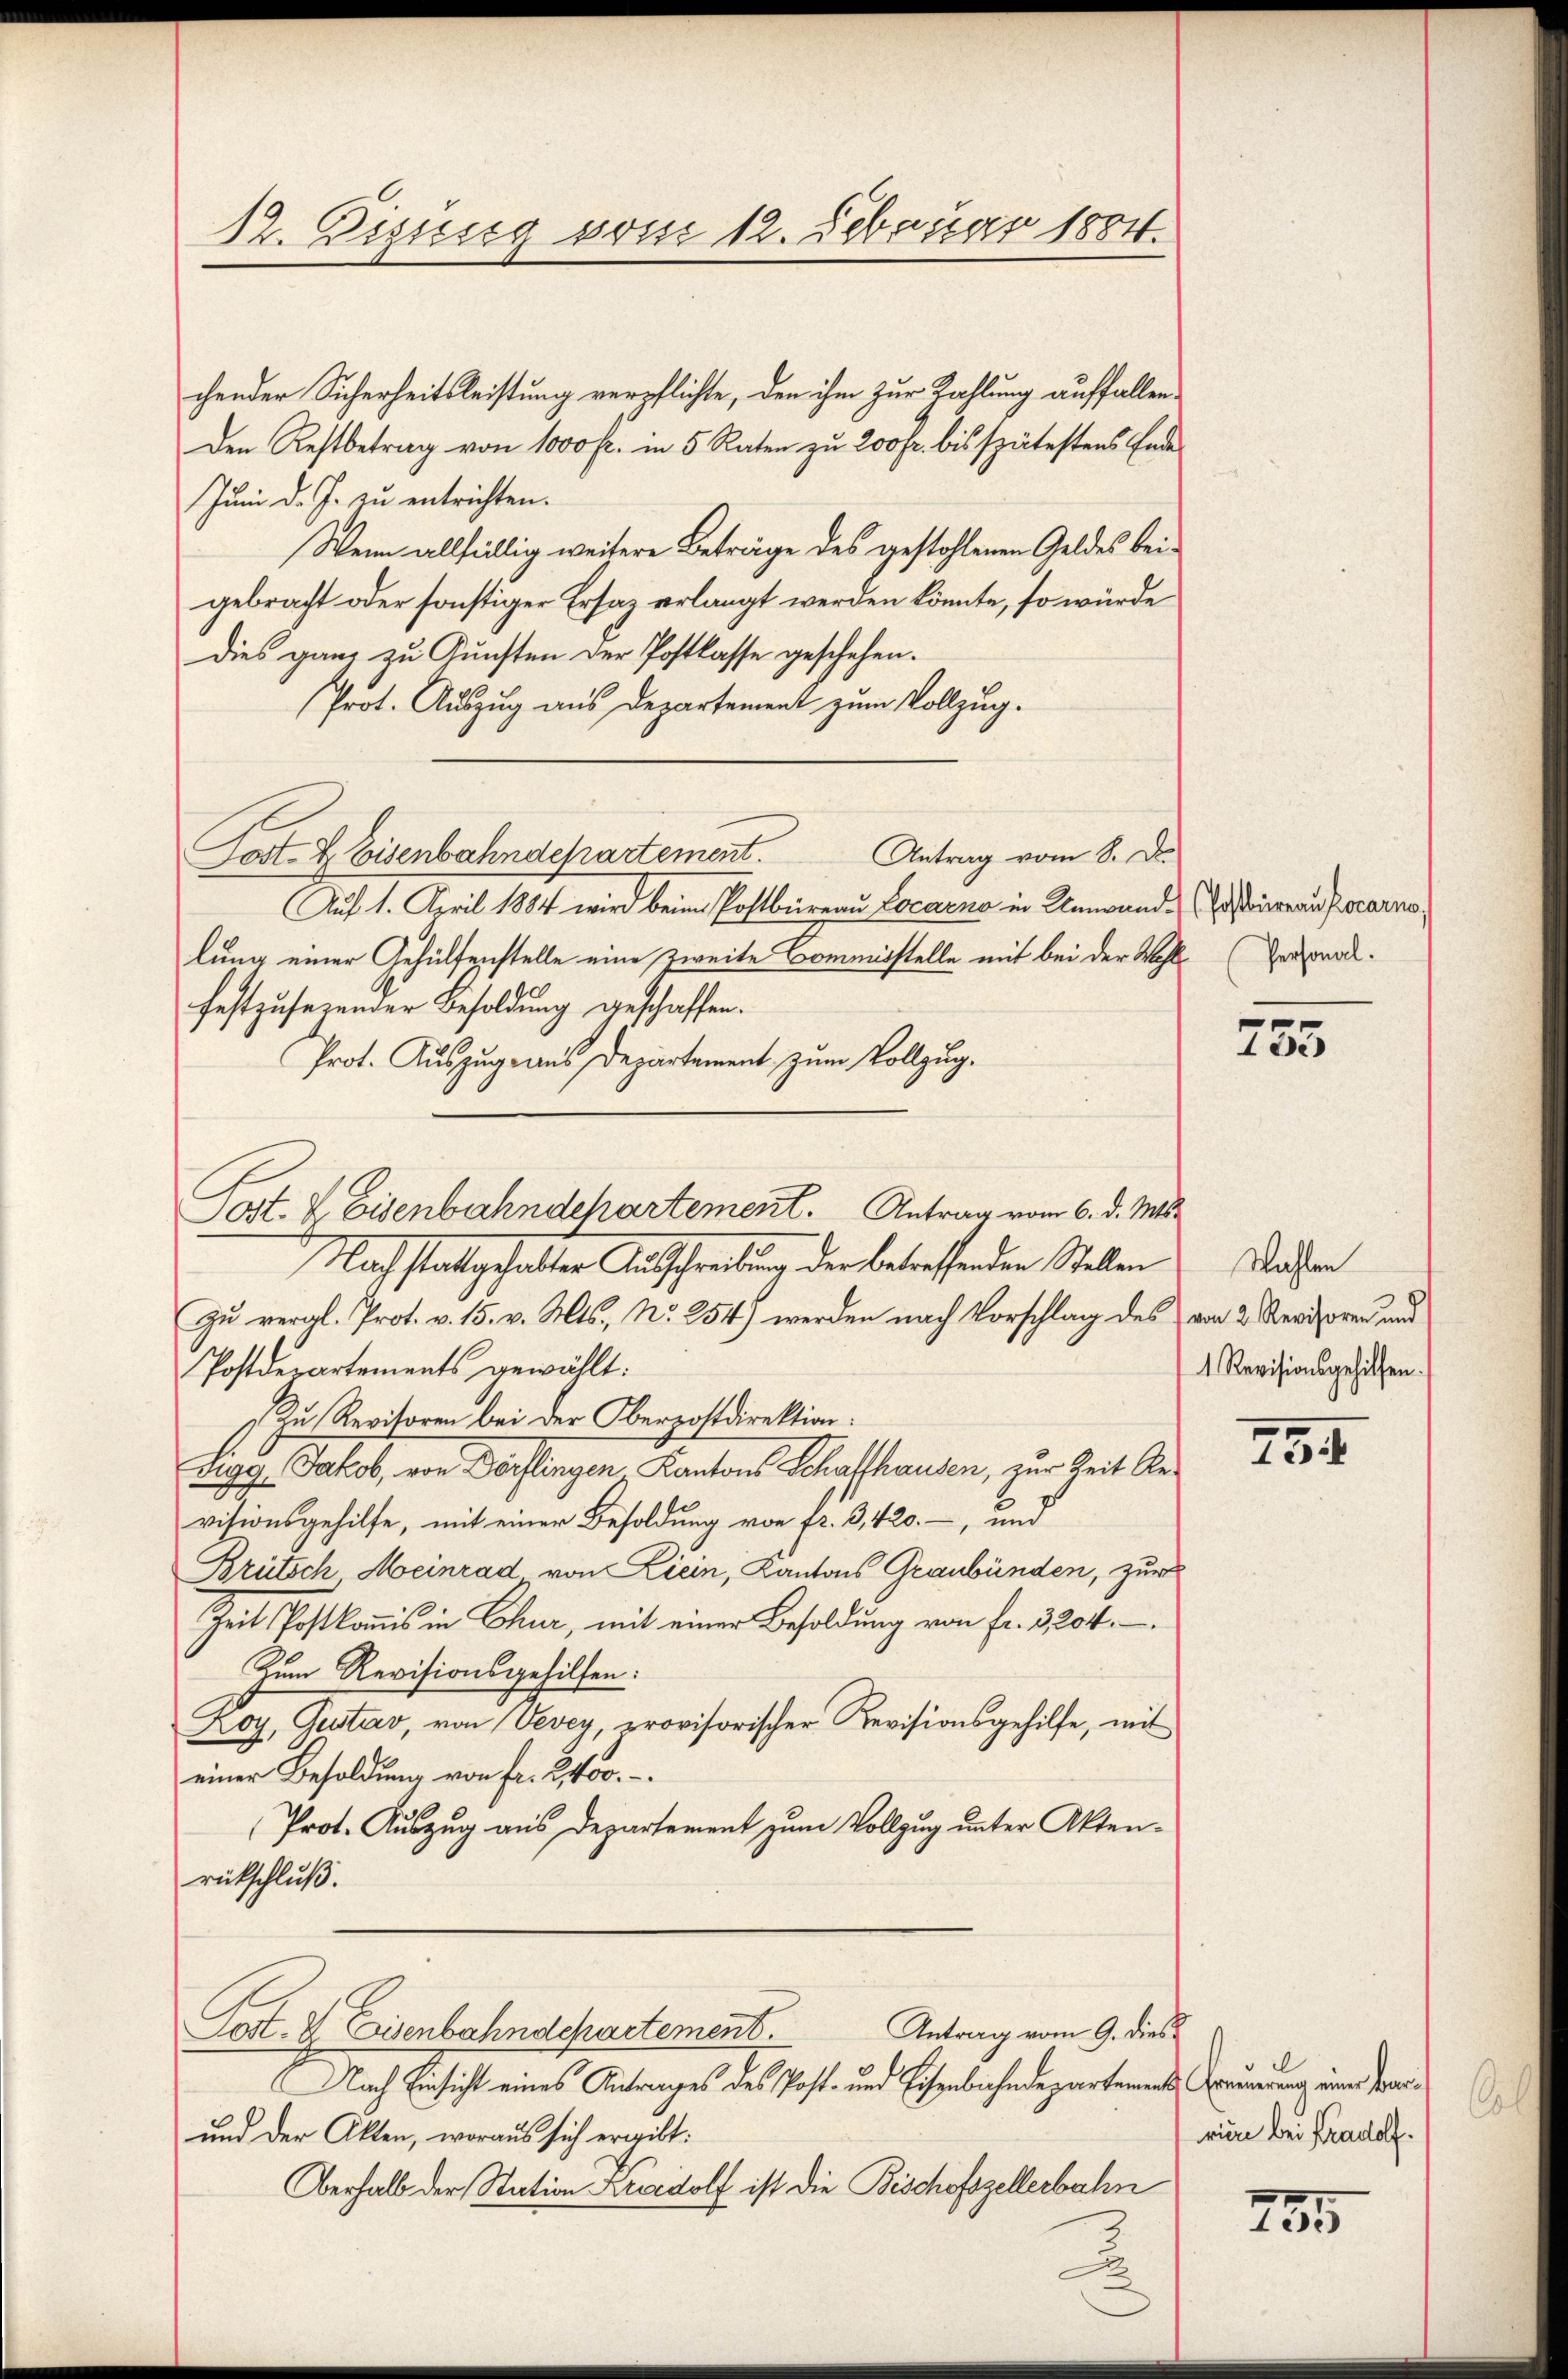
chender Sicherheitsleistung verpflichte, den ihm zur Zahlung auffallen,
Den Restbetrag von 1000 fr. in 5 Raten zu 200 fr. bis spätestens Ende
Juni d. J. zu entrichten.
Wenn allfällig weitere Beträge des gestohlenen Geldes beigebracht oder sonstiger Ersaz erlangt werden könnte, so würde
Dies ganz zu Gunsten der Postkasse geschehen.
Prot. Auszug aus Departement zum Vollzug.
Post- & Eisenbahndepartement. Antrag vom 8. De
Auf 1. April 1884 wird beim Postbüreau Locarno in Umwandlung einer Gehülfenstelle eine zweite Commisstelle mit bei der Wahl Personalfestzusezender Besoldung geschaffen.
Prot. Auszug aus Departement zum Vollzug.
Nach stattgehalten Ausschreibung der betreffenden Stellen
Zu veral-Prot. v. 15. v. Mts., No 254) werden nach Vorschlag des von 2 Revisore und
Postdepartements gewählt:
Zu Revisoren bei der Oberpostdirektion:
Sigg, Jakob, von Dörflingen, Kantons Schaffhausen, zur Zeit Revisionsgehilfe, mit einer Besoldung von fr. 3, 420., und
Brütsch Meinrad von Liein, Kantons Graubünden, zur
Zeit Postkommis in Chur, mit einer Besoldung von fr. 3204.
Zum Revisionsgehilfen:
Koy, Gustav, von Vevey, provisorischer Revisionsgehilfe, mit
einer Besoldung von fr. 2400.
Prot. Auszug aus Departement zum Vollzug unter Aktenrütschluß.
Antrag vom 9. dies
Post- & Eisenbahndepartement.
Nach Einsicht eines Antrages des Post- und Eisenbahndepartement Grundung eine Fran¬
und der Akten, woraus sich ergibt:
Oberhalb der Station Kreidolf ist die Bischofszellerbahn

12. Diesig vom 12. Februar 1804.

Sost- & Eisenbahndepartement. Antrag vom 6. d. Mts.

(Postbüreau Locarno,

755

Wahlen
1 Revisionsgehilfen.

794

riere bei Fradolf.

235